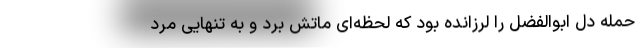
حمله دل ابوالفضل را لرزانده بود که لحظه‌ای ماتش برد و به تنهایی مرد